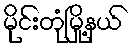
မိုင်းတုံမြို့နယ်